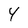
Character: 4